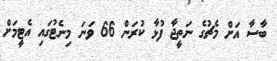
ބާސާ އަށް މެޗުގެ ނަތީޖާ ފުޅާ ކުރަން 66 ވަނަ މިނެޓުގައި އެޓީމަށް